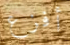
أفزع